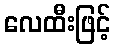
လေထီးဖြင့်